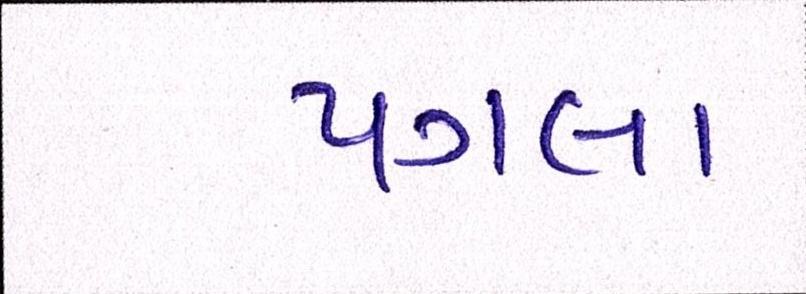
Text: પગલા